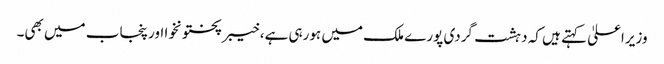
وزیراعلیٰ کہتے ہیں کہ دہشت گردی پورے ملک میں ہورہی ہے، خیبرپختونخوا اور پنجاب میں بھی۔